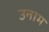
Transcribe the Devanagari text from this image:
उनाम